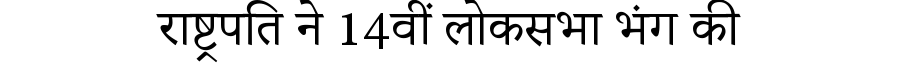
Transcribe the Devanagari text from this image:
राष्ट्रपति ने 14वीं लोकसभा भंग की